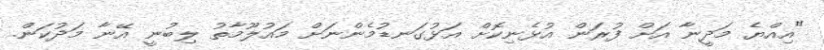
"އިއްޔެ މަދީނާ އަށް ފުރަން އުޅެނިކޮށް އަޅުގަނޑުމެންނަށް މައުލޫމާތު ލިބުނީ އޭނާ މަދުކަން.